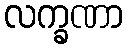
လက္ခဏာ